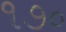
૧૭૦